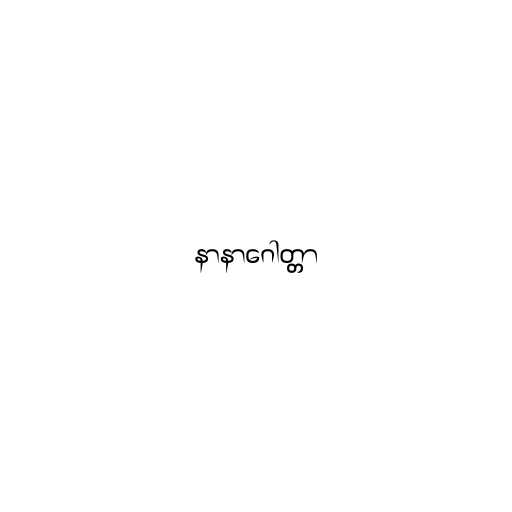
နာနာဂေါတ္တာ